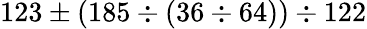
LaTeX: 123\pm(185\div(36\div 64))\div 122